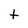
Character: t